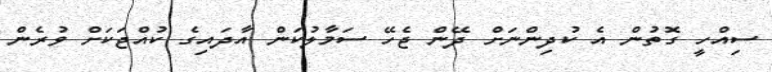
ސިއްހީ ގޮތުން އެ ކުދިންނަށް ދޭން ޖެހޭ ސަމާލުކަން އާދައިގެ ކުއްޖަކަށް ވުރެން